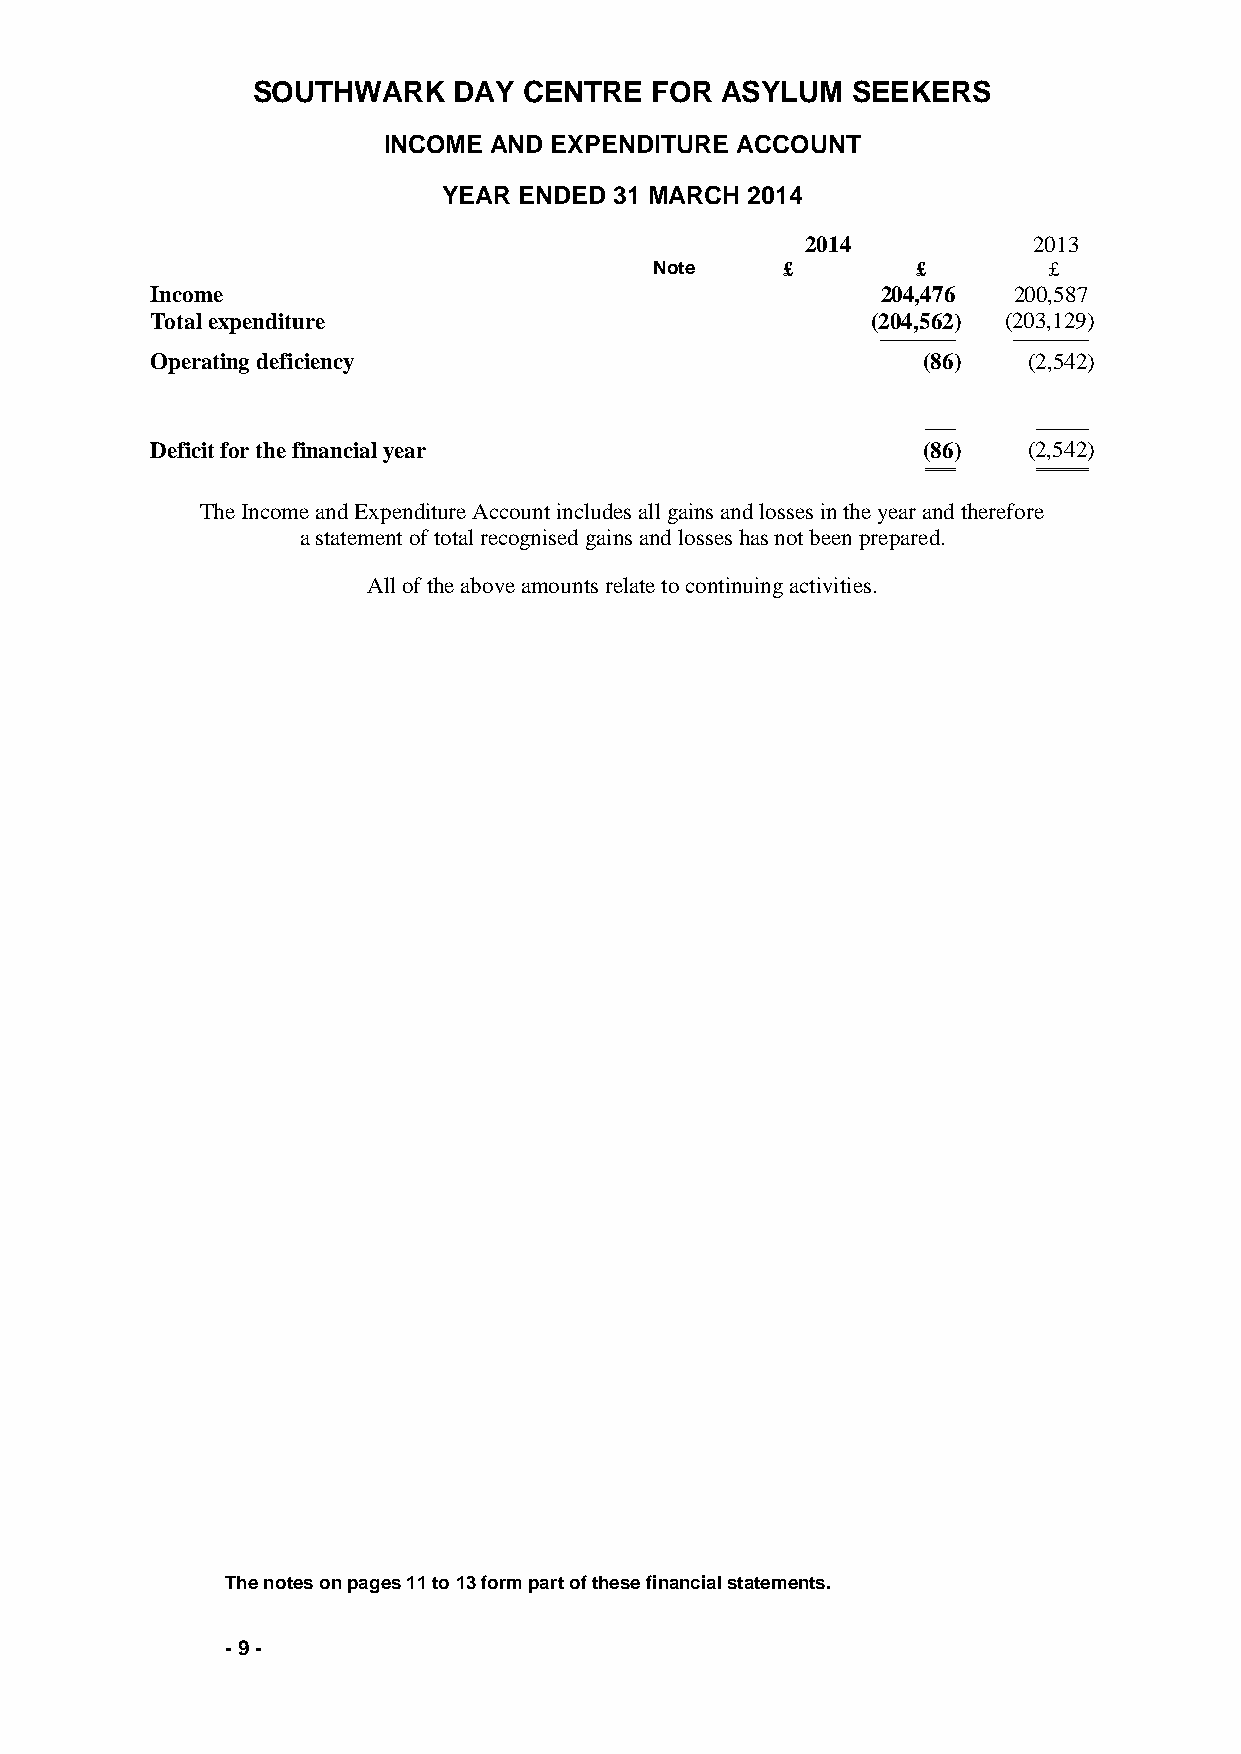
SOUTHWARK    DAY  CENTRE  FOR  ASYLUM  SEEKERS
 INCOME AND EXPENDITURE  ACCOUNT
 YEAR ENDED  31 MARCH 2014
 2014           2013
 Note     £        £       £
 Income                                          204,476  200,587
 Total expenditure                               (204,562) (203,129)
 ────────── ──────────
 Operating deficiency                               (86)   (2,542)
 ────    ───────
 Deficit for the financial year                     (86)   (2,542)
 ════    ═══════
 The Income and Expenditure Account includes all gains and losses in the year and therefore
 a statement of total recognised gains and losses has not been prepared.
 All of the above amounts relate to continuing activities.
 The notes on pages 11 to 13 form part of these financial statements.
 - 9 -